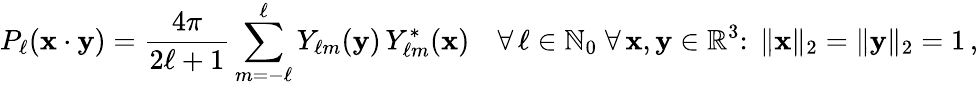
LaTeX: P_{\ell}(\mathbf{x}\cdot\mathbf{y})={\frac{4\pi}{2\ell+1}}\sum_{m=-\ell}^{\ell}Y_{\ell m}(\mathbf{y})\, Y_{\ell m}^{*}(\mathbf{x})\quad\forall\, \ell\in\mathbb{N}_{0}\; \forall\, \mathbf{x},\mathbf{y}\in\mathbb{R}^{3}\colon\; \| \mathbf{x}\| _{2}=\| \mathbf{y}\| _{2}=1\, ,